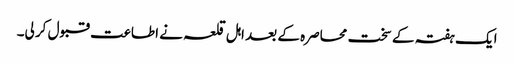
ایک ہفتہ کے سخت محاصرہ کے بعد اہل قلعہ نے اطاعت قبول کر لی۔